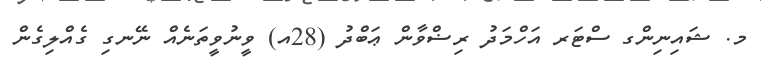
މ. ޝައިނިންގ ސްޓަރ އަހްމަދު ރިޟްވާން ޢަބްދު (28އ) ވީނުވީތަނެއް ނޭނގި ގެއްލިގެން